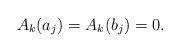
\begin{align*} A_k(a_j)=A_k(b_j)=0. \end{align*}